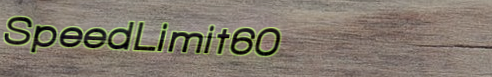
SpeedLimit60